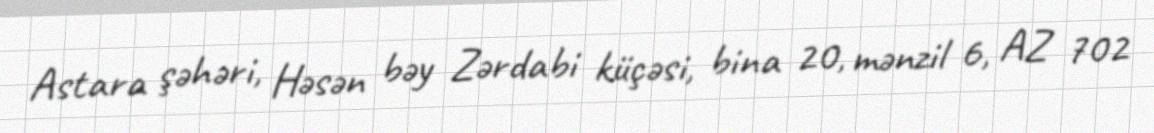
Astara şəhəri, Həsən bəy Zərdabi küçəsi, bina 20, mənzil 6, AZ 702